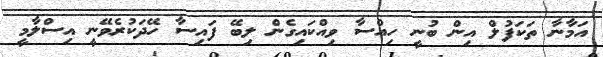
އަމާނާ ތަކަފުލް އިން ބުނީ ހިއްސާ ވިއްކައިގެން ލިބޭ ފައިސާ ހޭދަކުރެވޭނީ އިސްލާމީ